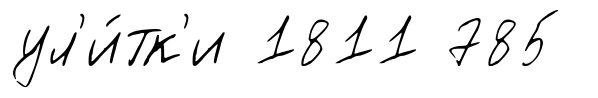
ул'и́тк'и 1811 785